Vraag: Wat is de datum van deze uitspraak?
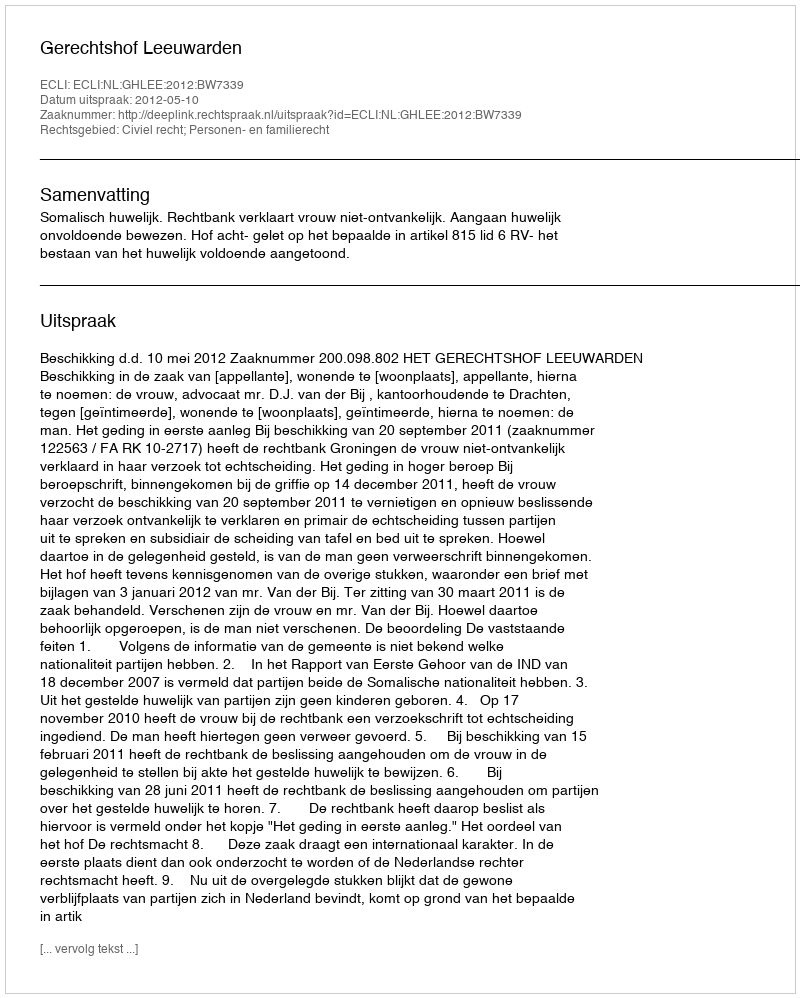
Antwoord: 2012-05-10